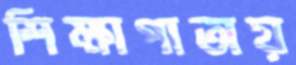
শিক্ষাপাতায়